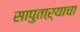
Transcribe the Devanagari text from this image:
सापुताऱ्याचा